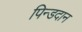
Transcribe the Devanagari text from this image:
पिन्डदान